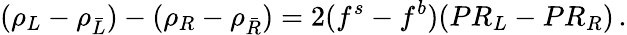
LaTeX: (\rho_{L}-\rho_{\bar{L}})-(\rho_{R}-\rho_{\bar{R}})=2(f^{s}-f^{b})(PR_{L}-PR_{R})\, .